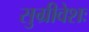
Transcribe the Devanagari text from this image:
सुग्रीवेशः